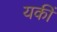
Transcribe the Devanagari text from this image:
यकीं